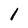
Character: 1